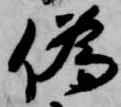
偽